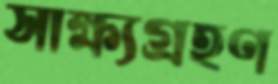
সাক্ষ্যগ্রহণ